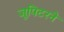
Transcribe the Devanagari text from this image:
जूपिटरने